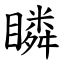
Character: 瞵